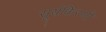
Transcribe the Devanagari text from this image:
सूर्यकिरणी